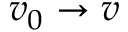
v _ { 0 } \rightarrow v